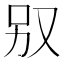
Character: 𠬱